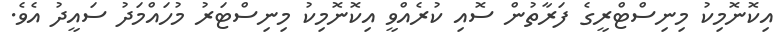
އިކޮނޮމިކު މިނިސްޓްރީގެ ފަރާތުން ސޮއި ކުރެއްވީ އިކޮނޮމިކު މިނިސްޓަރު މުހައްމަދު ސައީދު އެވެ.